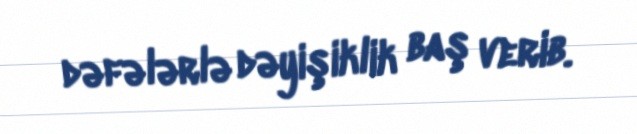
dəfələrlə dəyişiklik baş verib.